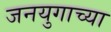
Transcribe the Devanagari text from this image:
जनयुगाच्या